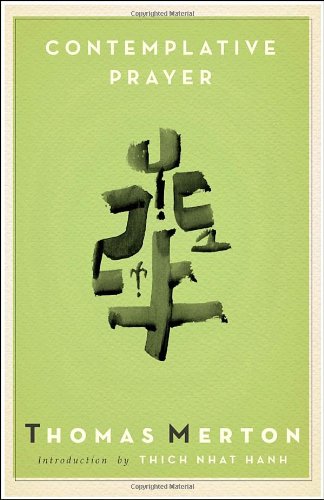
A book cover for Contemplative Prayer (Image Classics); Thomas Merton; Christian Books & Bibles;